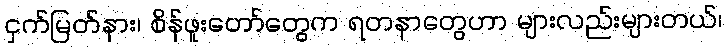
ငှက်မြတ်နား၊ စိန်ဖူးတော်တွေက ရတနာတွေဟာ များလည်းများတယ်၊